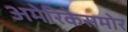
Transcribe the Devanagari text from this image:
अमेरिकेसमोर